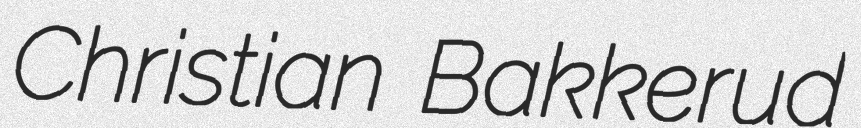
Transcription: Christian Bakkerud